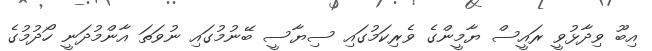
އިބޫ ވިދާޅުވީ ރައީސް ޔާމީންގެ ވެރިކަމުގައި ސިޔާސީ ބޭނުމުގައި ނުވަތަ އާންމުދަނީ ހޯދުމުގެ